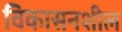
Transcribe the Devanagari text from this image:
विकासनशील